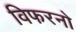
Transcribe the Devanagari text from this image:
विफरनो